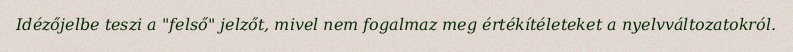
Idézőjelbe teszi a "felső" jelzőt, mivel nem fogalmaz meg értékítéleteket a nyelvváltozatokról.